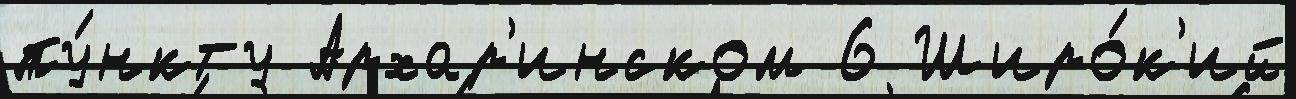
пу́нкту Архар'инском 6 Широ́к'ий